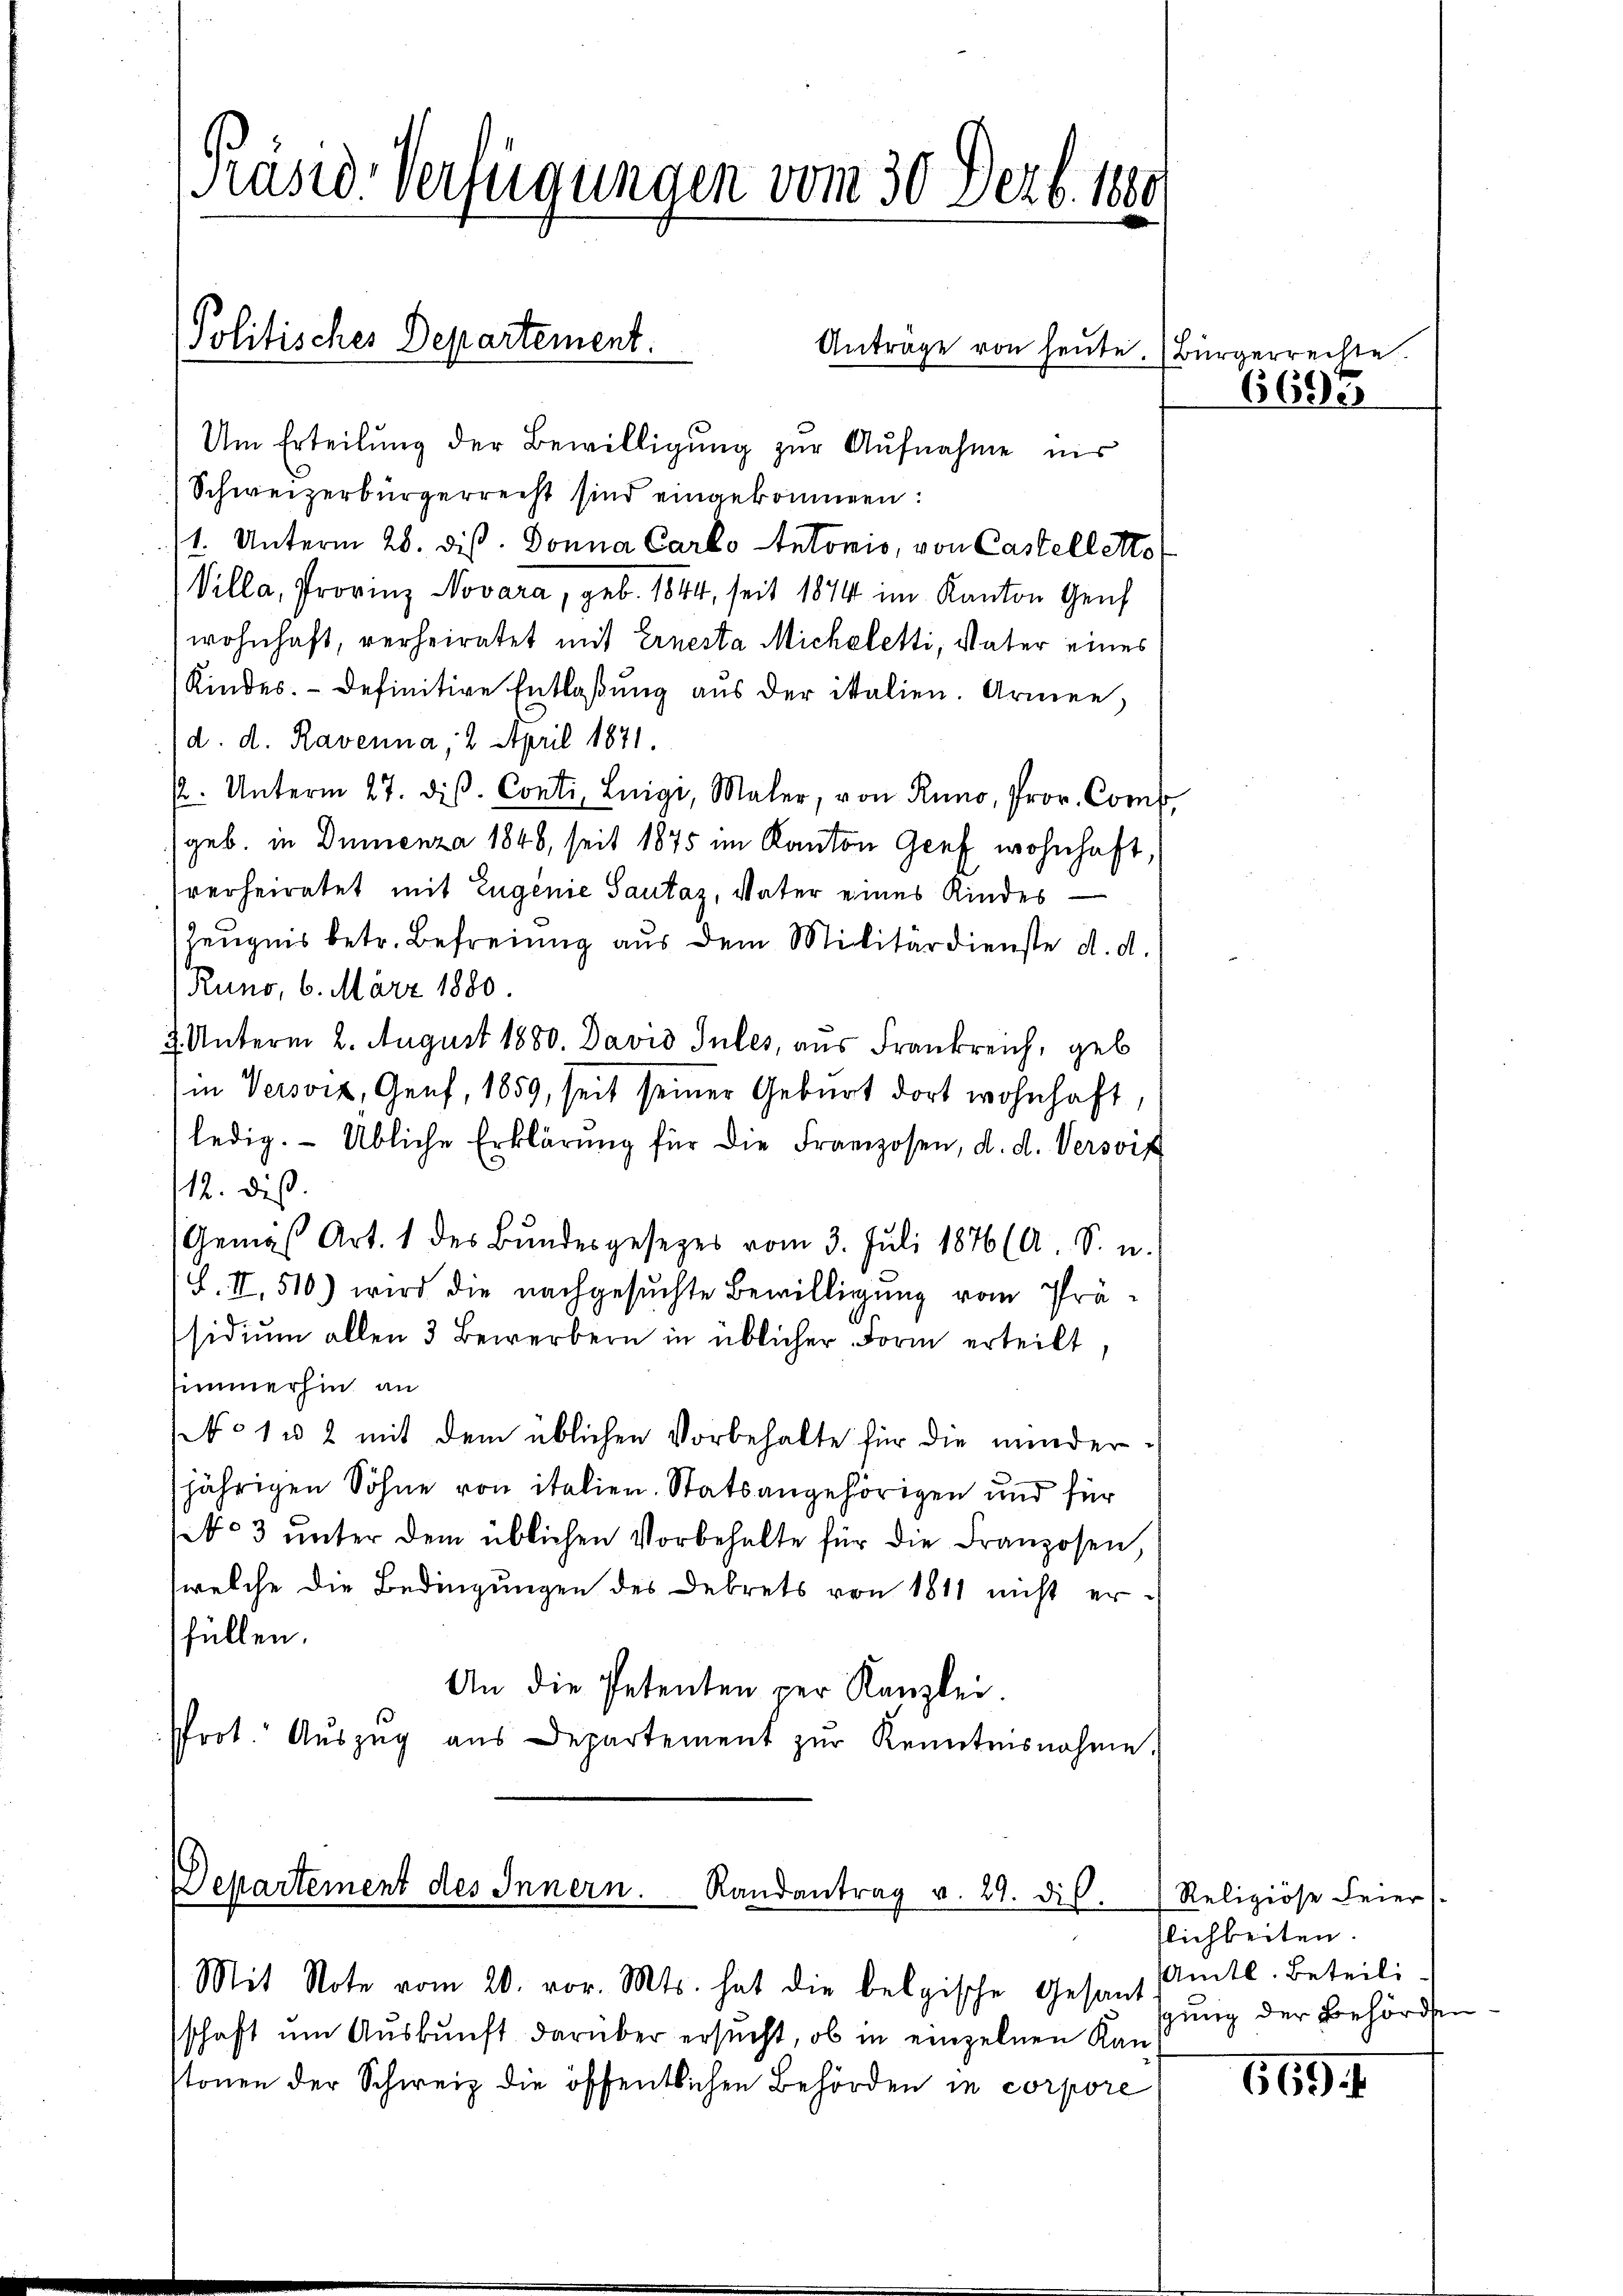
Präsid. Verfügungen vom 30. Dezb. 1880

Um Erteilung der Bewilligung zur Aufnahme ins
Schweizerbürgerrecht sind eingekommen:
1. Unterm 28. dis. Donna Carlo Antonio, von Castelletts
Villa, Provinz Novara, geb. 1844, seit 1874 im Kanton Genf
wohnhaft, verheiratet mit Ernesta Micheletti, Vater eines
Kindes. - Definitive Entlaßung aus der italien. Armen,
d. d. Ravenna, 2 April 1871
. Unterm 27. diβ. Conti, Luigi, Maler, von Runo, Prov. Comp.
(geb. in Dumenza 1848, seit 1875 im Kanton Genf wohnhaft,
verheiratet mit Eugenie Sautaz, Vater eines Kindes¬
Zeugnis betr. Befreiung aus dem Militärdienste d. d.
Runo, 6. März 1880.
2. Unterm 2. August 1880. David Tules, aus Frankreich, geb
in Versoiz, Genf, 1859, seit seiner Geburt dort wohnhaft,
ledig. Übliche Erklärŭng für die Franzosen, d. d. Versoif
12. dis
Gemäß Art. 1 des Bŭndesgesezes vom 3. Juli 1876 (A. S. u.
L. II, 510) wird die nachgesuchte Bewilligung vom Präsidiŭm allen 3 Bewerbern in üblicher Form erteilt,
immerhin an
No 1 u 2 mit dem üblichen Vorbehalte für die minderjährigen Söhne von italien. Statsangehörigen und für
03 unter dem üblichen Vorbehalte für die Franzosen,
welche die Bedingungen des Dekrets von 1811 nicht erfüllen.
An die Petenten per Kanzlei.
Prot. Aŭszŭg aŭs Departement zŭr Kenntnisnahme.

Politisches Departement.
Antrage von heute. Bürgerrechte.

Departement des Innern. Randantrag v. 29. dis.

Mit Note vom 20. vor. Mts. hat die belgische Gesand
schaft um Auskunft darüber ersucht, ob in einzelnen Kan
stonen der Schweiz die öffentlichen Behörden in corpore

6600

Religiose Feier
lichkeiten.
Amtl. Beteili
gung der Behörden

669.